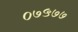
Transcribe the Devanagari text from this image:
०७५७७